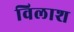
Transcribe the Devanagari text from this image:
विलाश